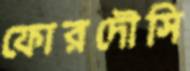
ফোরদৌসি